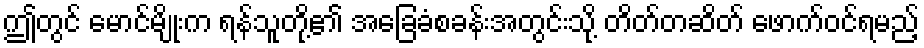
ဤတွင် မောင်မျိုးက ရန်သူတို့၏ အခြေခံစခန်းအတွင်းသို့ တိတ်တဆိတ် ဖောက်ဝင်ရမည့်